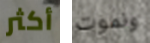
أكثر ونموت